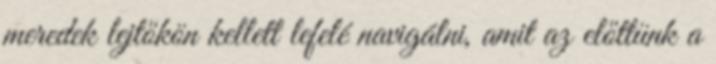
meredek lejtőkön kellett lefelé navigálni, amit az előttünk a